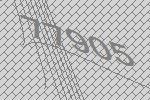
77905